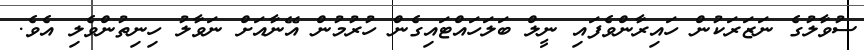
ސުވާލުގެ ނަޒަރަކުން ހައިރާންވެފައި ނީލް ބަލަހައްޓައިގެން ހުރުމުން އޭނާއަށް ނަވާލު ހިނިތުންވެލި އެވެ.